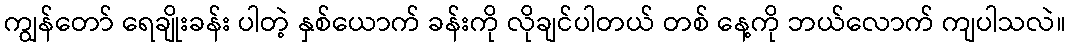
ကျွန်တော် ရေချိုးခန်း ပါတဲ့ နှစ်ယောက် ခန်းကို လိုချင်ပါတယ် တစ် နေ့ကို ဘယ်လောက် ကျပါသလဲ။